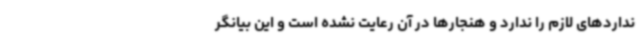
نداردهای لازم را ندارد و هنجارها در آن رعایت نشده است و این بیانگر